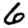
Digit: 6